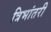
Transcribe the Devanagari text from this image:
त्रिभांतरी